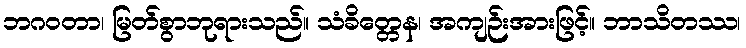
ဘဂဝတာ၊ မြတ်စွာဘုရားသည်။ သံခိတ္တေန၊ အကျဉ်းအားဖြင့်။ ဘာသိတဿ၊